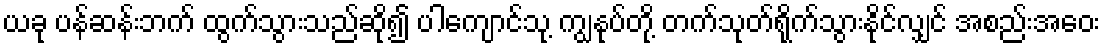
ယခု ပန်ဆန်းဘက် ထွက်သွားသည်ဆို၍ ပါကျောင်သု့ ကျွနုပ်တို့ တက်သုတ်ရိုက်သွားနိုင်လျှင် အစည်းအဝေး